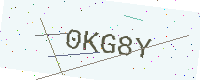
Text: 0KG8Y